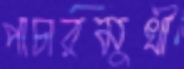
পাচারমুখী